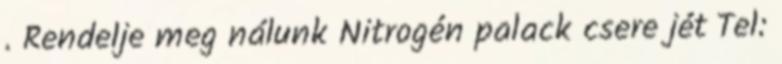
. Rendelje meg nálunk Nitrogén palack csere jét Tel: